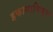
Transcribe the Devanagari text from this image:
इकानामिक्स